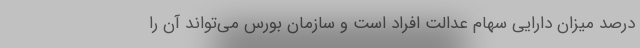
درصد میزان دارایی سهام عدالت افراد است و سازمان بورس می‌تواند آن را